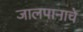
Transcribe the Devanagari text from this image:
जालपानाचे